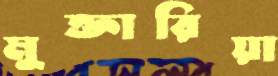
মুক্তারিয়া